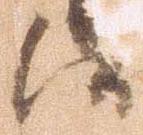
候